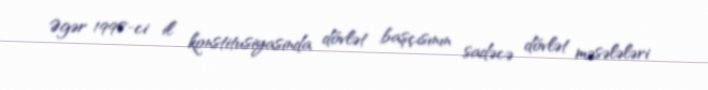
Əgər 1998-ci il konstitusiyasinda dövlət başçısının sadəcə dövlət məsələləri